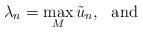
LaTeX: \begin{align*}\lambda_{n}=\max_{M}\tilde{u}_n,\ \ \textrm{and}\end{align*}